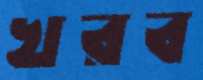
খরব